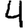
Digit: 4